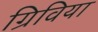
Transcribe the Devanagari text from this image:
ग्रिविया